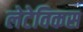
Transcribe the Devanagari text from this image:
लेटेविकस